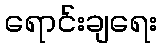
ရောင်းချရေး